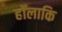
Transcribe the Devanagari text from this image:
हॉलाकि